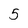
Character: 5